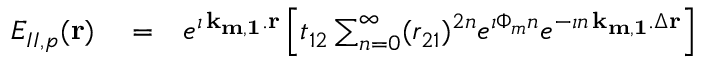
\begin{array} { r l r } { E _ { I I , p } ( { \bf r } ) } & { { } = } & { e ^ { \imath \, { \bf k _ { m , 1 } } . { \bf r } } \left[ t _ { 1 2 } \sum _ { n = 0 } ^ { \infty } ( r _ { 2 1 } ) ^ { 2 n } e ^ { \imath \Phi _ { m } n } e ^ { - \imath n \, { \bf k _ { m , 1 } } . \Delta { \bf r } } \right] } \end{array}